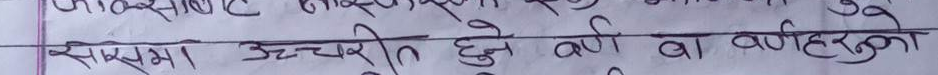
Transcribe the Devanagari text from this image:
सबैमा उच्चारित हुने वर्ण वा वर्णहरू